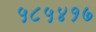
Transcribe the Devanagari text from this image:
५८५४१७